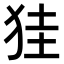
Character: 𤞇